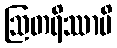
ဩတရိဿာမိ